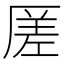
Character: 𠪉